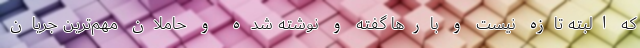
که البته تازه نیست و بارها گفته و نوشته شده و حاملان مهم‌ترین جریان